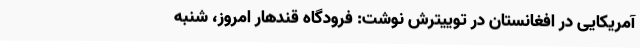
آمریکایی در افغانستان در توییترش نوشت: فرودگاه قندهار امروز، شنبه